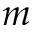
m